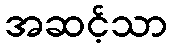
အဆင့်သာ